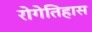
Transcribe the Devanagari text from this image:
रोगेतिहास